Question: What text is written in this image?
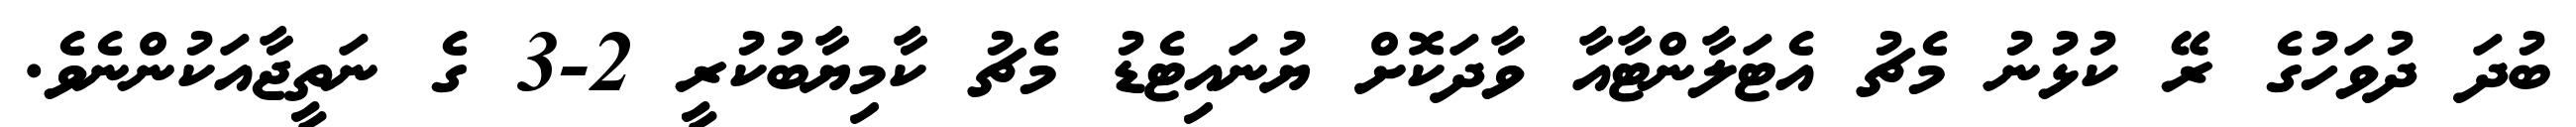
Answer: ބުދަ ދުވަހުގެ ރޭ ކުޅުނު މެޗު އެޓަލާންޓާއާ ވާދަކޮށް ޔުނައިޓެޑު މެޗު ކާމިޔާބުކުރީ 2-3 ގެ ނަތީޖާއަކުންނެވެ.